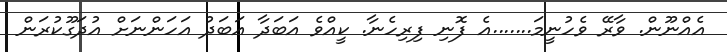
އެއްނޫން. ވާރޭ ވެހުނީމަ.......އެ ފޮނި ފިރިހެނާ. ކީއްވެ އަބަދާ އަބަދު އަހަންނަށް އުދަގޫކުރަން